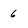
Character: 6